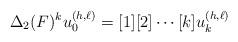
LaTeX: \begin{gather*}\Delta_2(F)^ku^{(h,\ell)}_0=[1][2]\cdots[k]u^{(h,\ell)}_k\end{gather*}